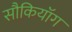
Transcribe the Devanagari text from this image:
सौकियॉग